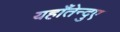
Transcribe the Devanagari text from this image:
यहाँतेन्दुए